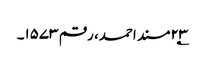
۲۳؂مسند احمد، رقم ۱۵۷۳۔